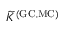
\widetilde { K } ^ { \mathrm { ( G C , M C ) } }